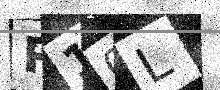
Text: R10L